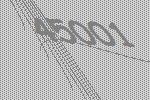
45001